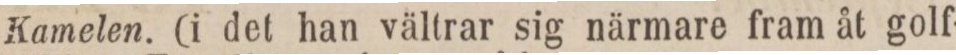
Kamelen. (i det han vältrar sig närmare fram åt golf-